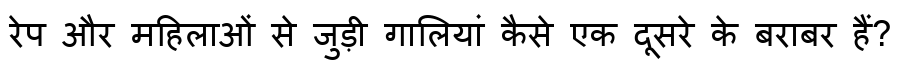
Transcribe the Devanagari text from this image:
रेप और महिलाओं से जुड़ी गालियां कैसे एक दूसरे के बराबर हैं?